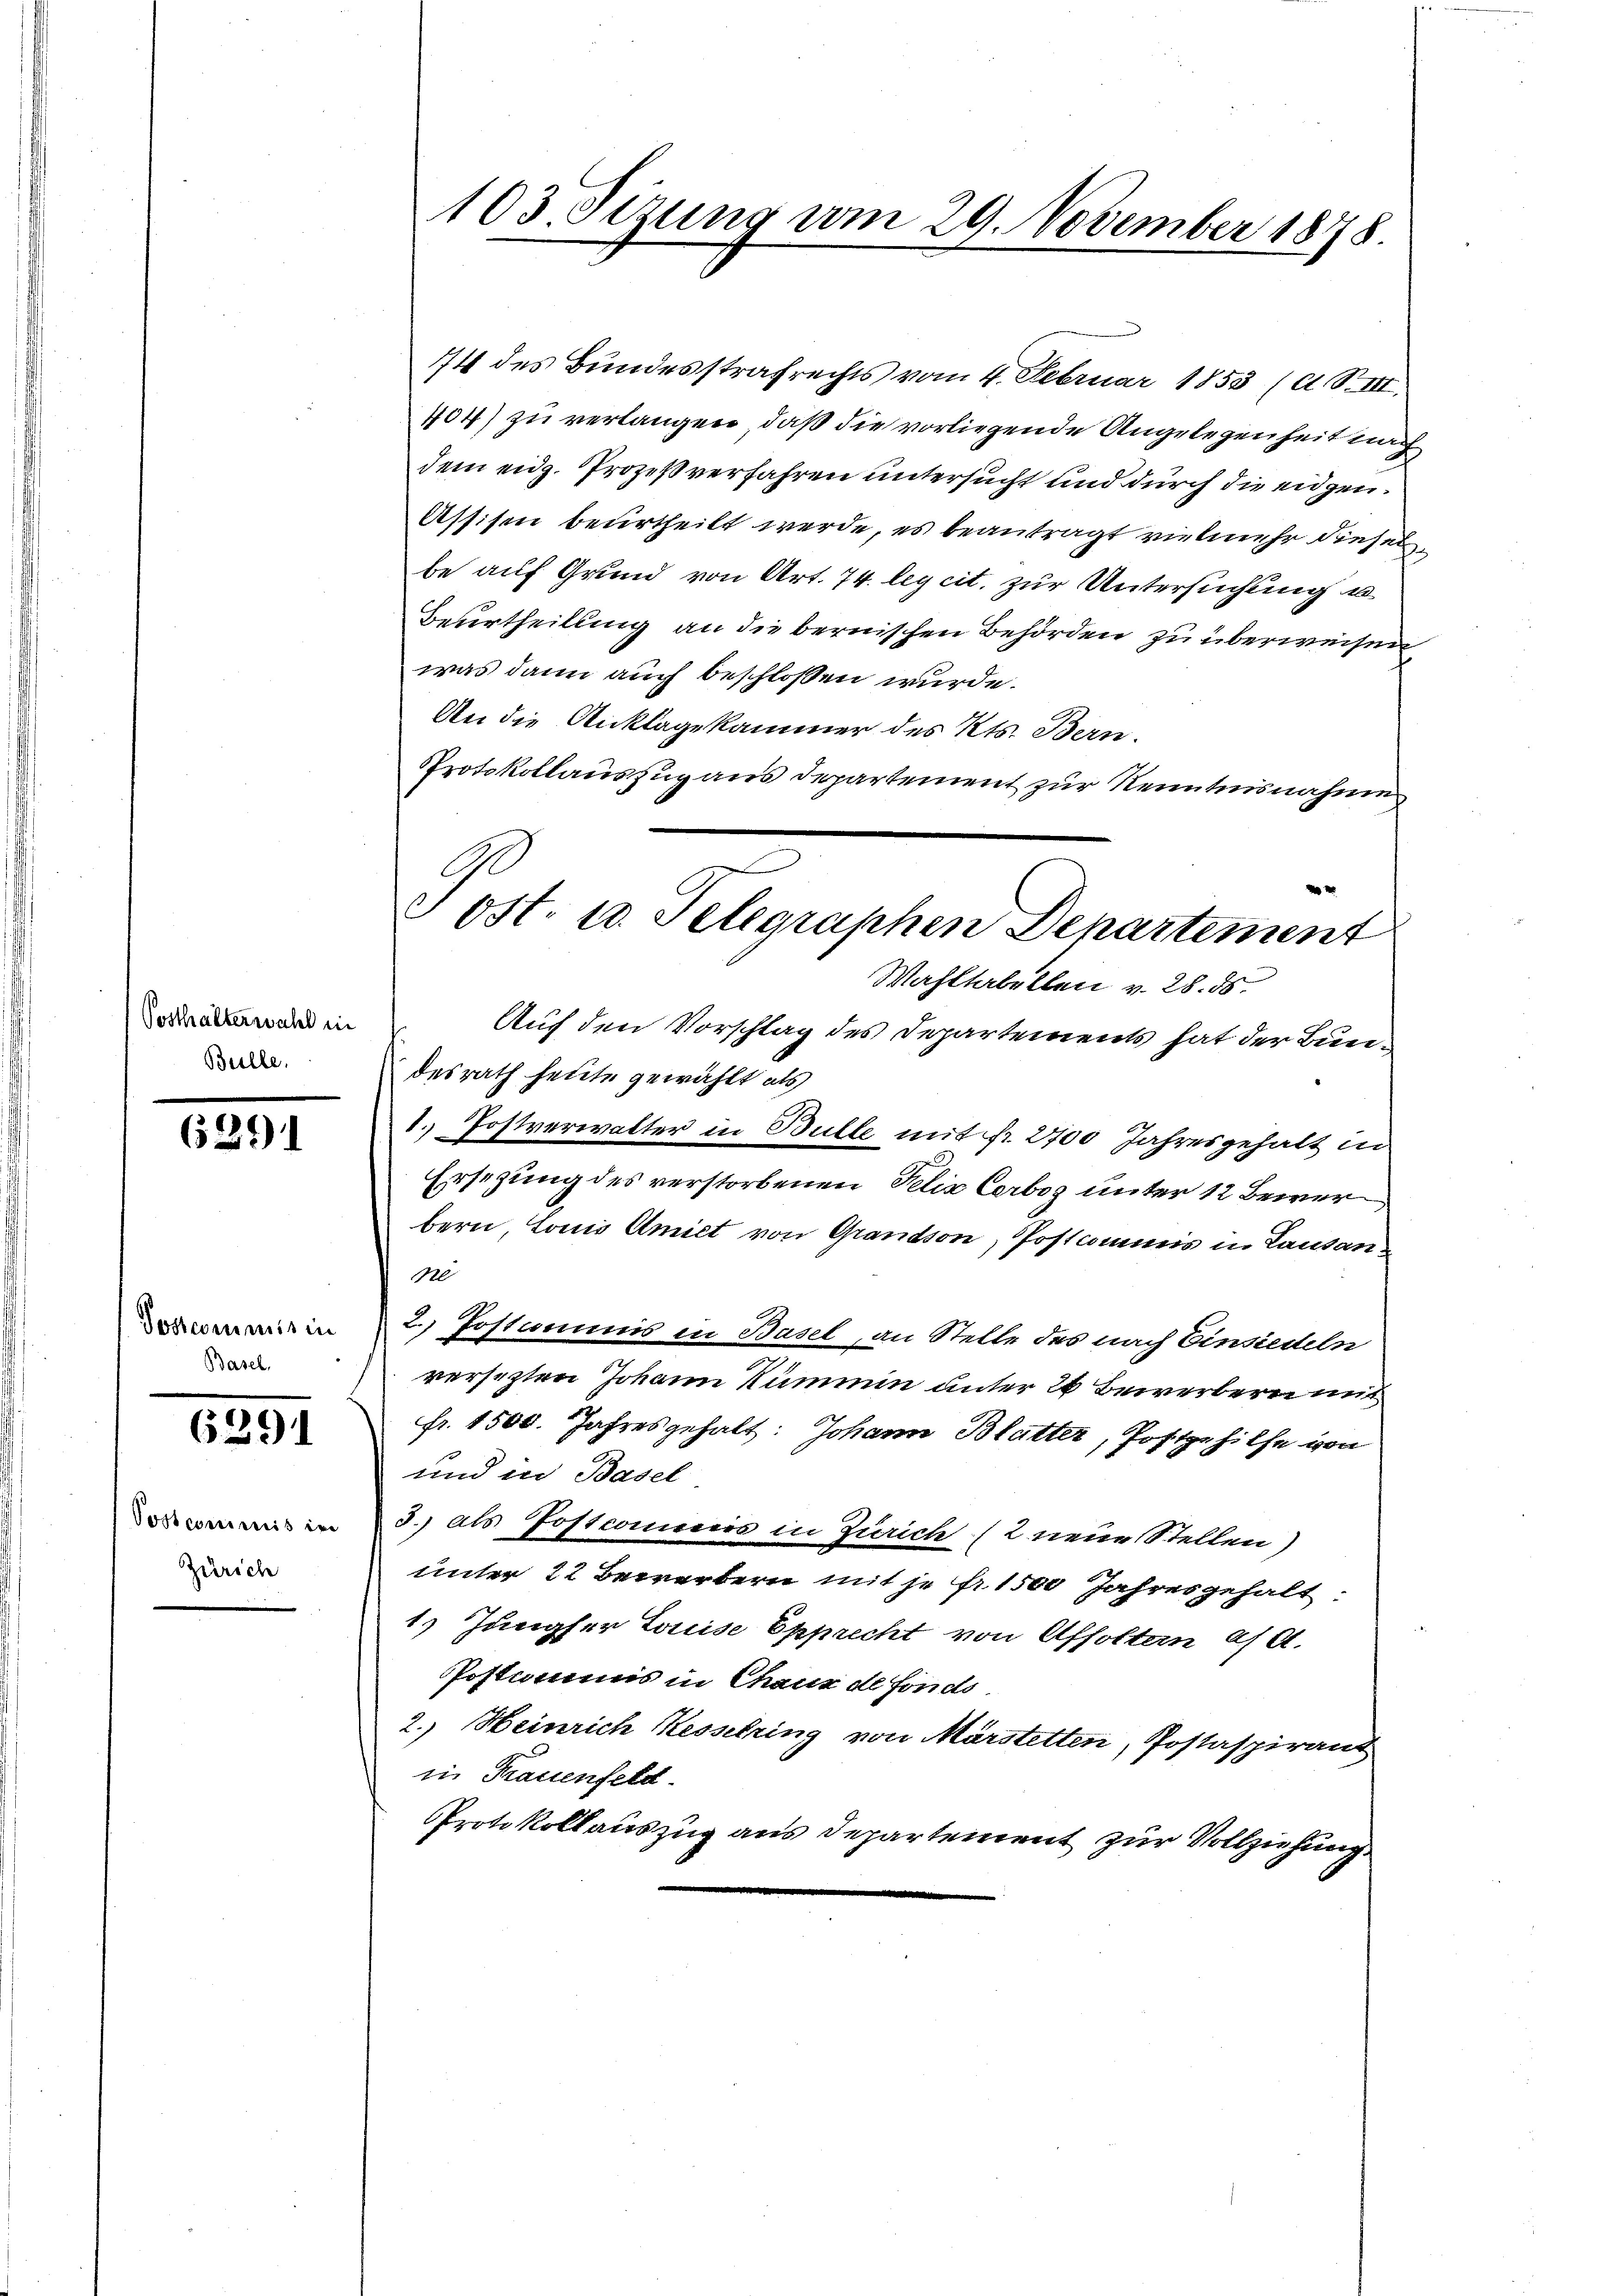
Posthalterwahl in
Bulle.

6391

Postcommis in
Basel.

6291

Postcommis in
Zürich

103. Sizung vom 29. November 1878.

74 des Bundesstrafrechts vom 4. Februar 1853 (d. S. III.
404) zu verlangen, daß die vorliegende Angelegenheit nach
dem eidg. Prozeßverfahren untersucht und durch die eidgen.
Assisen beurtheilt werde, es beantragt vielmehr diesel
be auf Grund von Art. 74. leg cit. zur Untersuchung u
Beurtheilung an die bernischen Behörden zu überweisen,
was dann auch beschlossen wurde.
An die Anklagekammer des Kts. Bern.
Protokollauszug aus departement zur Kenntnisnahme
Wahltabellen v. 28. 58.
Auf den Vorschlag des Departements hat der Bundesrath heute gewählt als
1. Postverwalter in Bulle mit fr. 2700 Jahresgehalt in
Ersezung des verstorbenen Felix Cerboz unter 12 Bewerbern, Louis Amiet von Grandson, Postcommis in Lausan
120
2. Jostiums in Basel, an Stelle des nach Einsiedeln
versezten Johann Kümmin unter 20 Bewerbern mit
fr. 1500. Jahresgehalt: Johann Blatter, Postgehilfe von
und in Basel
3.) als Postcomices in Zürich (2 neue Stellen)
unter 22 Bewerbern mit je fr. 1500 Jahresgehalt
1) Jungfer Louise Epprecht von Affoltern af A.
Postamms in Chaus de fonds
2.) Heinrich Kesselring von Märstetten, Postaspirant
in Frauenfeld
PProtokollauszug aus Departement zur Vollziehung

Sost. 10. Telegraphen Departement